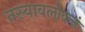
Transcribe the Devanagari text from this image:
तस्यावलोकनं